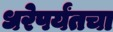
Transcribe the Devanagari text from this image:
धरेपर्यंतचा